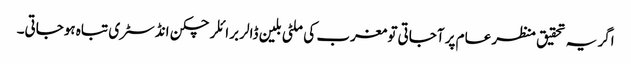
اگر یہ تحقیق منظر عام پر آجاتی تو مغرب کی ملٹی بلین ڈالر برائلر چکن انڈسٹری تباہ ہوجاتی۔